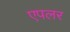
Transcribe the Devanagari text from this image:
एपलर